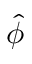
\hat { \phi }